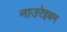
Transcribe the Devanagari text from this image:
नाउरेइबम